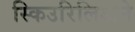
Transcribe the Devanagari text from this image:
स्किउरिलिअने